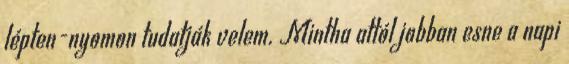
lépten-nyomon tudatják velem. Mintha attól jobban esne a napi